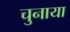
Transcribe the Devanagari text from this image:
चुनाया